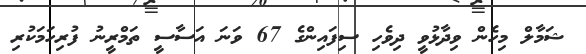
ޝަމާލް މިހެން ވިދާޅުވީ ދިވެހި ސިފައިންގެ 67 ވަނަ އަސާސީ ތަމްރީނު ފުރިހަމަކުރި